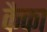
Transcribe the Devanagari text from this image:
कैका